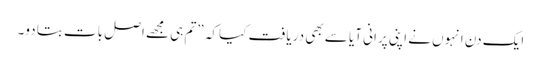
ایک دن انہوں نے اپنی پرانی آیا سے بھی دریافت کیا کہ ”تم ہی مجھے اصل بات بتا دو۔